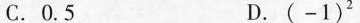
C.0.5 D.(-1)^{2}